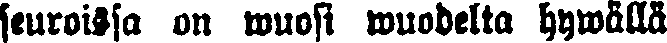
seuroissa on wuosi wuodelta hywällä